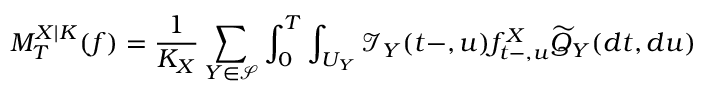
M _ { T } ^ { X | K } ( f ) = \frac { 1 } { K _ { X } } \sum _ { Y \in \mathcal { S } } \int _ { 0 } ^ { T } \int _ { U _ { Y } } \mathcal { I } _ { Y } ( t - , u ) f _ { t - , u } ^ { X } \widetilde { Q } _ { Y } ( d t , d u )